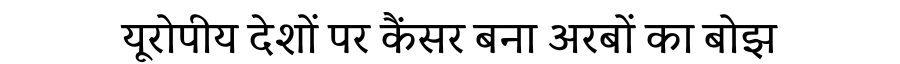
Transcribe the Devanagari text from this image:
यूरोपीय देशों पर कैंसर बना अरबों का बोझ